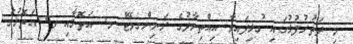
މި ދަތުރުފުޅުގައި ގުޅިފައިވާ އިއްތިހާދުގެ ރަނިންގމޭޓް މ. އަތޮޅާއި ވ. އަތޮޅުގެ